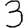
Digit: 3